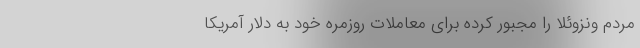
مردم ونزوئلا را مجبور کرده برای معاملات روزمره خود به دلار آمریکا